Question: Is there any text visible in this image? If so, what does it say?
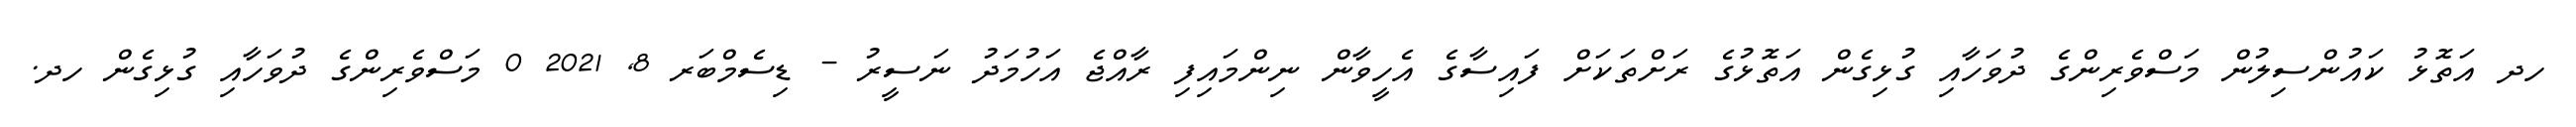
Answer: ހދ އަތޮޅު ކައުންސިލުން މަސްވެރިންގެ ދުވަހާއި ގުޅިގެން އަތޮޅުގެ ރަށްތަކަށް ފައިސާގެ އެހީވާން ނިންމައިފި ރާއްޖެ އަހުމަދު ނަސީރު - ޑިސެމްބަރ 8, 2021 0 މަސްވެރިންގެ ދުވަހާއި ގުޅިގެން ހދ.